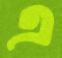
এ